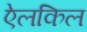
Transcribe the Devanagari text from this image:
ऐलकिल